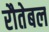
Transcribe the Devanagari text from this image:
रौतेबल